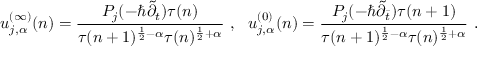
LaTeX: u _ { j , \alpha } ^ { ( \infty ) } ( n ) = \frac { P _ { j } ( - \hbar \tilde { \partial } _ { t } ) \tau ( n ) } { \tau ( n + 1 ) ^ { \frac { 1 } { 2 } - \alpha } \tau ( n ) ^ { \frac { 1 } { 2 } + \alpha } } ~ , ~ ~ u _ { j , \alpha } ^ { ( 0 ) } ( n ) = \frac { P _ { j } ( - \hbar \tilde { \partial } _ { \bar { t } } ) \tau ( n + 1 ) } { \tau ( n + 1 ) ^ { \frac { 1 } { 2 } - \alpha } \tau ( n ) ^ { \frac { 1 } { 2 } + \alpha } } ~ .